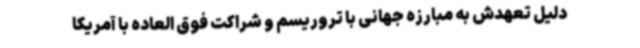
دلیل تعهدش به مبارزه جهانی با تروریسم و شراکت فوق العاده با آمریکا